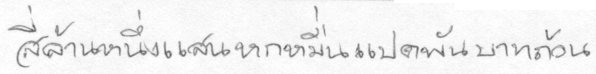
สี่ล้านหนึ่งแสนหกหมื่นแปดพันบาทถ้วน